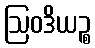
ဩဝဒိယဉ္စ